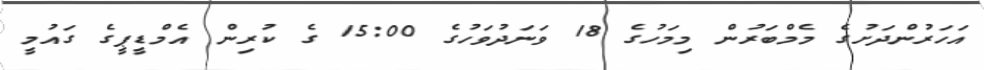
އަހަރުންދަށުގެ މެމްބަރުން މިމަހުގެ 18 ވަނަދުވަހުގެ 15:00 ގެ ކުރިން އެމްޑީޕީގެ ގައުމީ